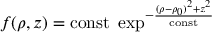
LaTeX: f ( \rho , z ) = \mathrm { c o n s t } \; \exp ^ { - { \frac { ( \rho - \rho _ { 0 } ) ^ { 2 } + z ^ { 2 } } { \mathrm { c o n s t } } } }